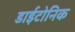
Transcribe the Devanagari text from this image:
डाईटोनिक